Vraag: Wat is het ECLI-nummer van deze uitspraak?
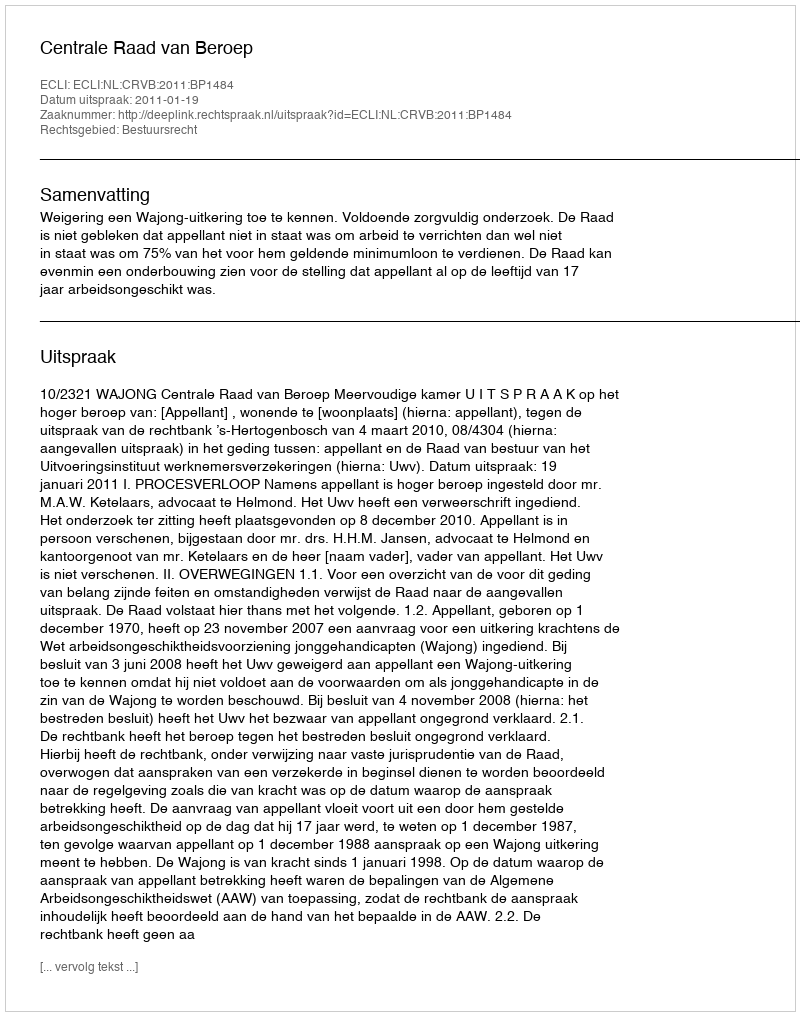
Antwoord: ECLI:NL:CRVB:2011:BP1484